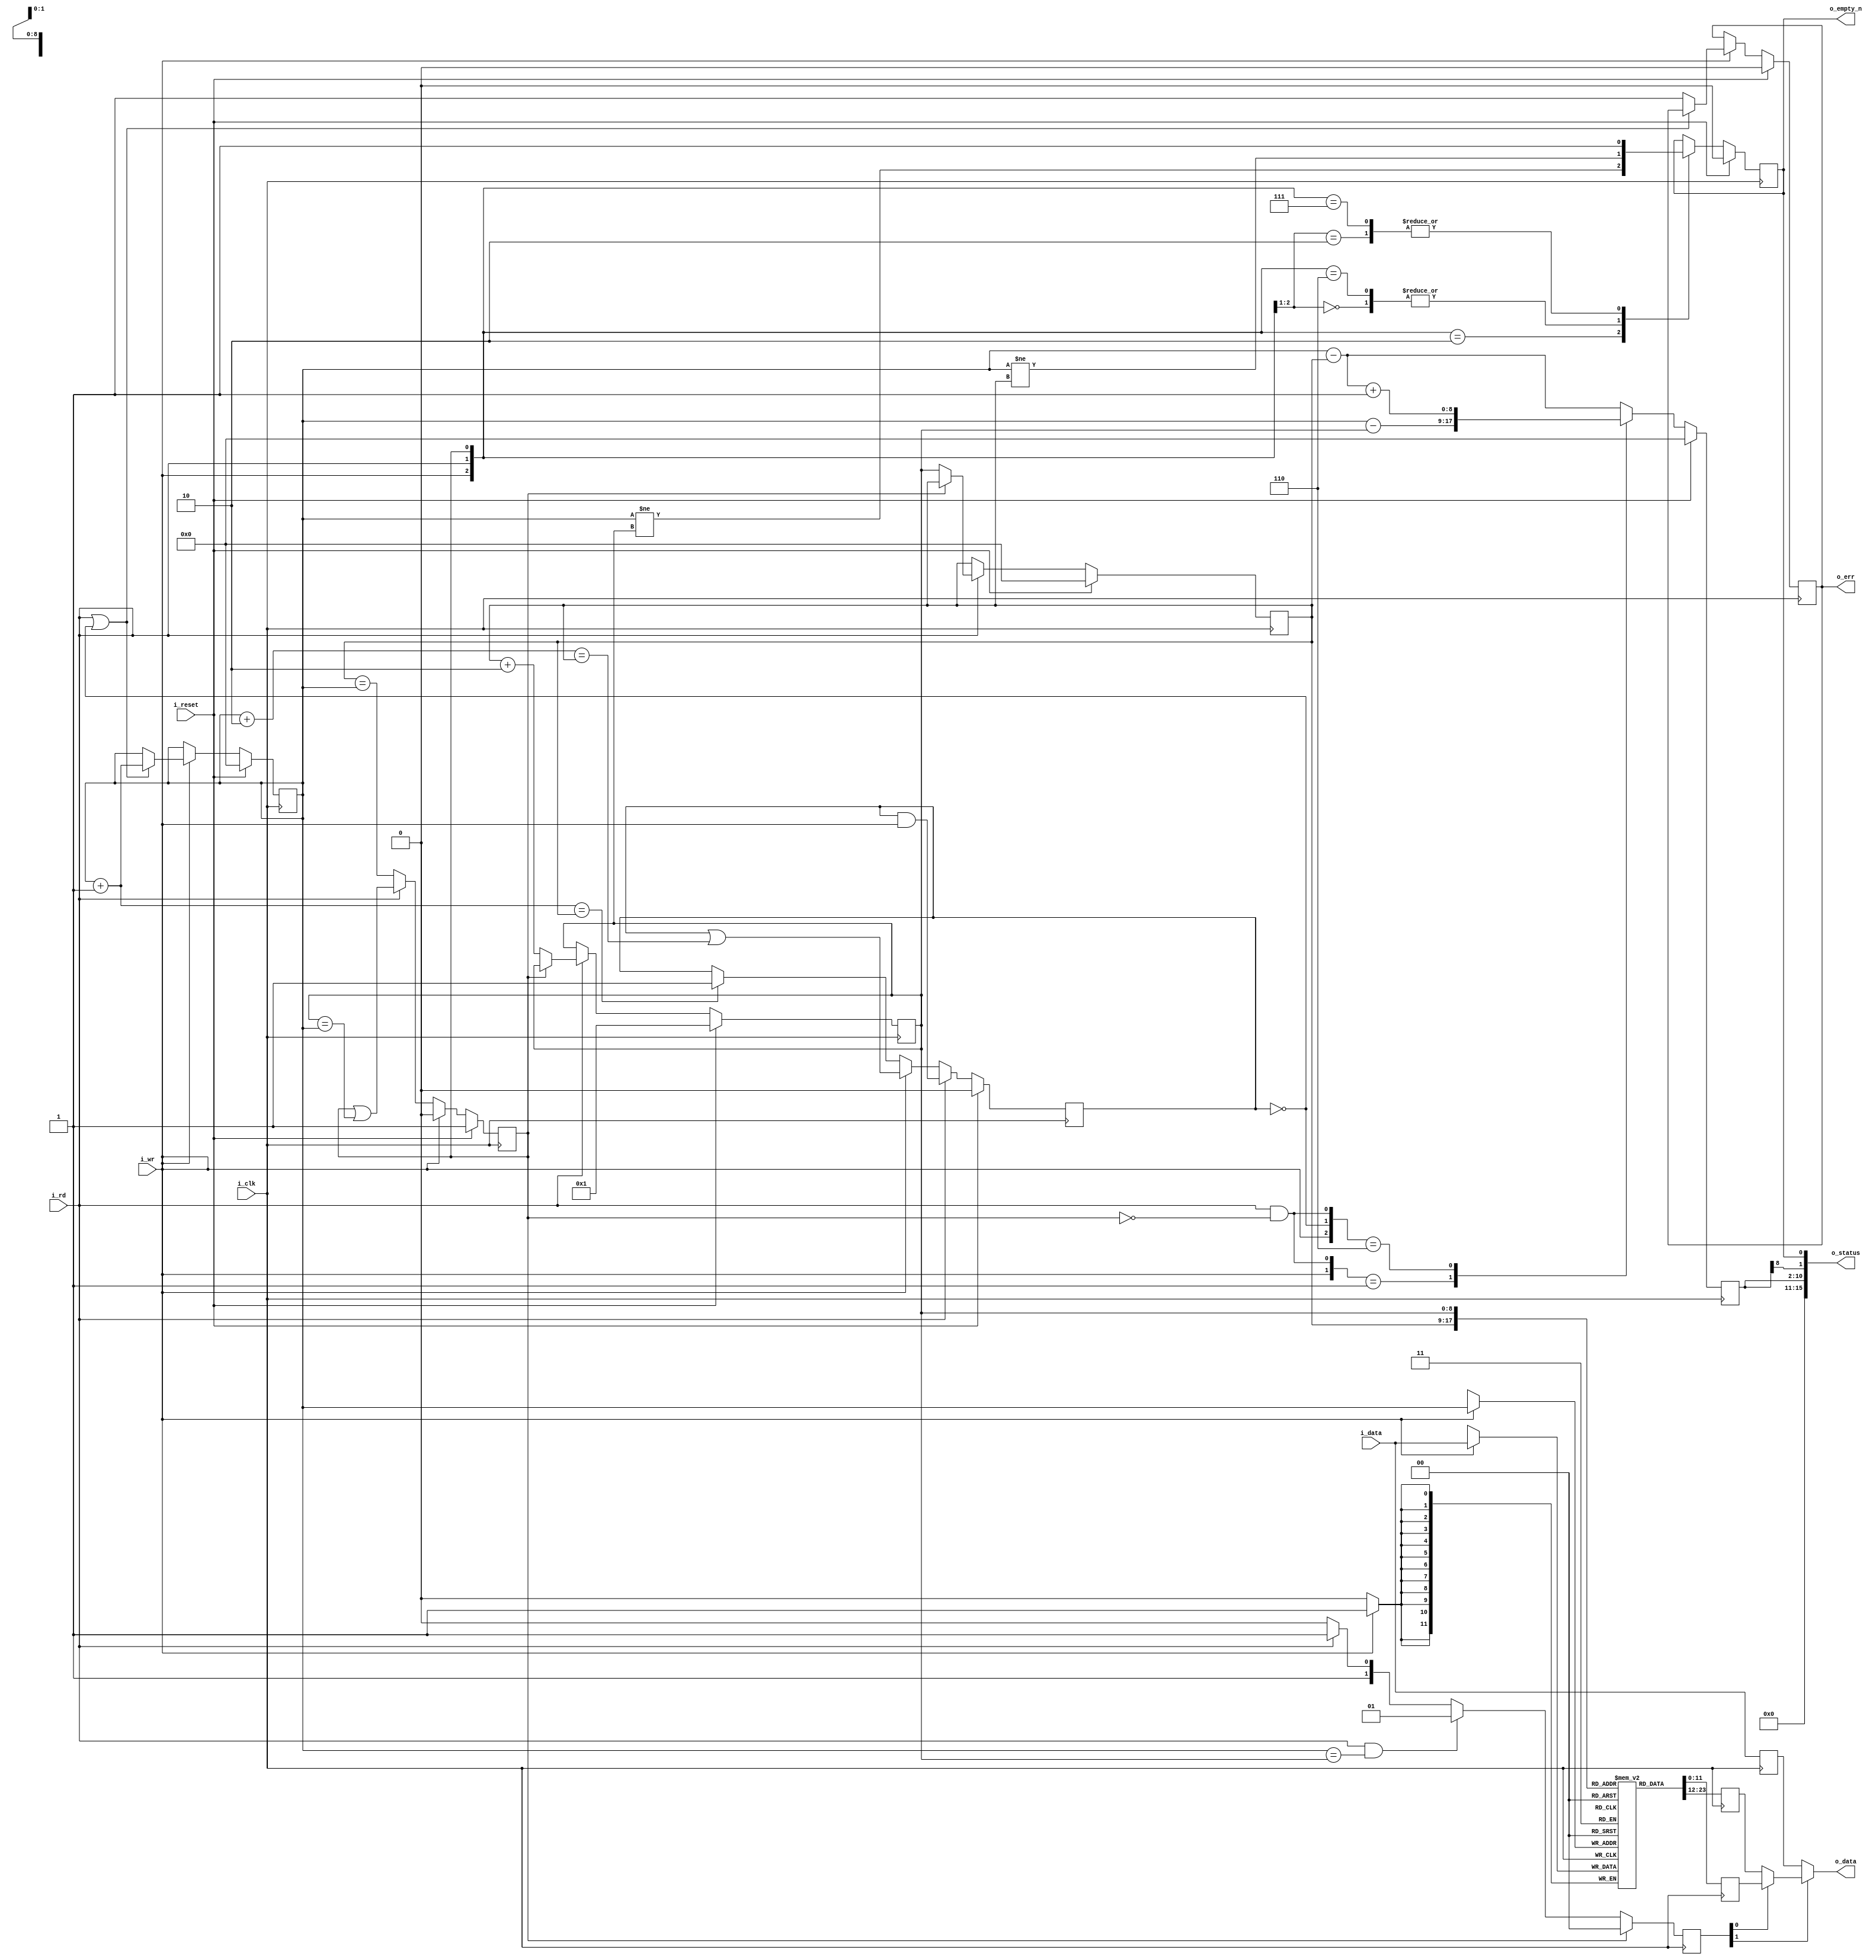
////////////////////////////////////////////////////////////////////////////////
//
//
// Project:	WBPMIC, wishbone control of a MEMs PMod MIC
//
// Purpose:	
//
// Creator:	Dan Gisselquist, Ph.D.
//		Gisselquist Technology, LLC
//
////////////////////////////////////////////////////////////////////////////////
//
// Copyright (C) 2015-2020, Gisselquist Technology, LLC
//
// This program is free software (firmware): you can redistribute it and/or
// modify it under the terms of  the GNU General Public License as published
// by the Free Software Foundation, either version 3 of the License, or (at
// your option) any later version.
//
// This program is distributed in the hope that it will be useful, but WITHOUT
// ANY WARRANTY; without even the implied warranty of MERCHANTIBILITY or
// FITNESS FOR A PARTICULAR PURPOSE.  See the GNU General Public License
// for more details.
//
// You should have received a copy of the GNU General Public License along
// with this program.  (It's in the $(ROOT)/doc directory.  Run make with no
// target there if the PDF file isn't present.)  If not, see
// <http://www.gnu.org/licenses/> for a copy.
//
// License:	GPL, v3, as defined and found on www.gnu.org,
//		http://www.gnu.org/licenses/gpl.html
//
//
////////////////////////////////////////////////////////////////////////////////
//
//
`default_nettype	none
//
module smplfifo(i_clk, i_reset, i_wr, i_data,
		o_empty_n, i_rd, o_data, o_status, o_err);
	parameter	BW=12;	// Byte/data width
	parameter [4:0]	LGFLEN=9;	// 512 samples
	input	wire		i_clk, i_reset;
	input	wire		i_wr;
	input	wire [(BW-1):0]	i_data;
	output	wire		o_empty_n;	// True if something is in FIFO
	input	wire		i_rd;
	output	wire [(BW-1):0]	o_data;
	output	wire	[15:0]	o_status;
	output	wire		o_err;

	localparam	FLEN=(1<<LGFLEN);

	reg	[(BW-1):0]	fifo[0:(FLEN-1)];
	reg	[(LGFLEN-1):0]	r_first, r_last, r_next;

	wire	[(LGFLEN-1):0]	w_first_plus_one, w_first_plus_two,
				w_last_plus_one;
	assign	w_first_plus_two = r_first + {{(LGFLEN-2){1'b0}},2'b10};
	assign	w_first_plus_one = r_first + {{(LGFLEN-1){1'b0}},1'b1};
	assign	w_last_plus_one  = r_next; // r_last  + 1'b1;

	reg	will_overflow;
	initial	will_overflow = 1'b0;
	always @(posedge i_clk)
		if (i_reset)
			will_overflow <= 1'b0;
		else if (i_rd)
			will_overflow <= (will_overflow)&&(i_wr);
		else if (i_wr)
			will_overflow <= (will_overflow)||(w_first_plus_two == r_last);
		else if (w_first_plus_one == r_last)
			will_overflow <= 1'b1;

	// Write
	reg	r_ovfl;
	initial	r_first = 0;
	initial	r_ovfl  = 0;
	always @(posedge i_clk)
		if (i_reset)
		begin
			r_ovfl <= 1'b0;
			r_first <= { (LGFLEN){1'b0} };
		end else if (i_wr)
		begin // Cowardly refuse to overflow
			if ((i_rd)||(!will_overflow)) // (r_first+1 != r_last)
				r_first <= w_first_plus_one;
			else
				r_ovfl <= 1'b1;
		end
	always @(posedge i_clk)
		if (i_wr) // Write our new value regardless--on overflow or not
			fifo[r_first] <= i_data;

	// Reads
	//	Following a read, the next sample will be available on the
	//	next clock
	//	Clock	ReadCMD	ReadAddr	Output
	//	0	0	0		fifo[0]
	//	1	1	0		fifo[0]
	//	2	0	1		fifo[1]
	//	3	0	1		fifo[1]
	//	4	1	1		fifo[1]
	//	5	1	2		fifo[2]
	//	6	0	3		fifo[3]
	//	7	0	3		fifo[3]
	reg	will_underflow;
	initial	will_underflow = 1'b1;
	always @(posedge i_clk)
		if (i_reset)
			will_underflow <= 1'b1;
		else if (i_wr)
			will_underflow <= 1'b0;
		else if (i_rd)
			will_underflow <= (will_underflow)||(w_last_plus_one == r_first);
		else
			will_underflow <= (r_last == r_first);

	//
	// Don't report FIFO underflow errors.  These'll be caught elsewhere
	// in the system, and the logic below makes it hard to reset them.
	// We'll still report FIFO overflow, however.
	//
	// reg		r_unfl;
	// initial	r_unfl = 1'b0;
	initial	r_last = 0;
	initial	r_next = { {(LGFLEN-1){1'b0}}, 1'b1 };
	always @(posedge i_clk)
		if (i_reset)
		begin
			r_last <= 0;
			r_next <= { {(LGFLEN-1){1'b0}}, 1'b1 };
			// r_unfl <= 1'b0;
		end else if (i_rd)
		begin
			if (!will_underflow) // (r_first != r_last)
			begin
				r_last <= r_next;
				r_next <= r_last +{{(LGFLEN-2){1'b0}},2'b10};
				// Last chases first
				// Need to be prepared for a possible two
				// reads in quick succession
				// o_data <= fifo[r_last+1];
			end
			// else r_unfl <= 1'b1;
		end

	reg	[(BW-1):0]	fifo_here, fifo_next, r_data;
	always @(posedge i_clk)
		fifo_here <= fifo[r_last];
	always @(posedge i_clk)
		fifo_next <= fifo[r_next];
	always @(posedge i_clk)
		r_data <= i_data;

	reg	[1:0]	osrc;
	always @(posedge i_clk)
		if (will_underflow)
			// o_data <= i_data;
			osrc <= 2'b00;
		else if ((i_rd)&&(r_first == w_last_plus_one))
			osrc <= 2'b01;
		else if (i_rd)
			osrc <= 2'b11;
		else
			osrc <= 2'b10;
	assign o_data = (osrc[1]) ? ((osrc[0])?fifo_next:fifo_here) : r_data;

	// wire	[(LGFLEN-1):0]	current_fill;
	// assign	current_fill = (r_first-r_last);

	reg	r_empty_n;
	initial	r_empty_n = 1'b0;
	always @(posedge i_clk)
		if (i_reset)
			r_empty_n <= 1'b0;
		else casez({i_wr, i_rd, will_underflow})
			3'b00?: r_empty_n <= (r_first != r_last);
			3'b010: r_empty_n <= (r_first != w_last_plus_one);
			3'b10?: r_empty_n <= 1'b1;
			3'b110: r_empty_n <= (r_first != r_last);
			3'b111: r_empty_n <= 1'b1;
			default: begin end
		endcase

	//
	// If this is a receive FIFO, the FIFO count that matters is the number
	// of values yet to be read.  If instead this is a transmit FIFO, then 
	// the FIFO count that matters is the number of empty positions that
	// can still be filled before the FIFO is full.
	//
	// Adjust for these differences here.
	reg	[(LGFLEN-1):0]	r_fill;
	initial	r_fill = 0;
	always @(posedge i_clk)
		begin
			// Calculate the number of elements in our FIFO
			//
			// Although used for receive, this is actually the more
			// generic answer--should you wish to use the FIFO in
			// another context.
			if (i_reset)
				r_fill <= 0;
			else casez({(i_wr), (!will_overflow), (i_rd)&&(!will_underflow)})
			3'b0?1:   r_fill <= r_first - r_next;
			3'b110:   r_fill <= r_first - r_last + 1'b1;
			3'b1?1:   r_fill <= r_first - r_last;
			default: r_fill  <= r_first - r_last;
			endcase
		end

	// We don't report underflow errors.  These
	assign o_err = (r_ovfl); //  || (r_unfl);

	wire	w_half_full;
	wire	[13:0]	w_fill;
	generate
		if (LGFLEN > 14)
			assign w_fill[13:0] = r_fill[(LGFLEN-1):(LGFLEN-14)];
		else if (LGFLEN == 14)
			assign w_fill = r_fill;
		else // if (LGFLEN < 14)
		begin
			assign	w_fill[(LGFLEN-1):0] = r_fill;
			assign	w_fill[13:LGFLEN[3:0]] = 0;
		end
	endgenerate

	assign	w_half_full = r_fill[(LGFLEN-1)];

	assign	o_status = {
		// The FIFO fill--for a receive FIFO the number of elements
		// left to be read, and for a transmit FIFO the number of
		// empty elements within the FIFO that can yet be filled.
		w_fill,
		// A '1' here means a half FIFO length can be read
		w_half_full,
		// A '1' here means the FIFO can be read from (if it is a
		// receive FIFO), or be written to (if it isn't).
		r_empty_n
	};

	assign	o_empty_n = r_empty_n;

`ifdef	FORMAL

`ifdef	SMPLFIFO
`define	ASSUME	assume
`else
`define	ASSUME	assert
`endif

//
// Assumptions about our input(s)
//
//
	reg	f_past_valid, f_last_clk;

	//
	// Underflows are a very real possibility, should the user wish to read from this
	// FIFO while it is empty.  Our parent module will need to deal with this.
	//
	// always @(posedge i_clk)
	//	`ASSUME((!will_underflow)||(!i_rd)||(i_reset));
//
// Assertions about our outputs
//
//

	initial	f_past_valid = 1'b0;
	always @(posedge i_clk)
		f_past_valid <= 1'b1;

	always @(*)
	if (!f_past_valid)
		`ASSUME(i_reset);

	wire	[(LGFLEN-1):0]	f_fill, f_next;
	assign	f_fill = r_first - r_last;
	assign	f_next = r_last + 1'b1;
	always @(posedge i_clk)
	begin
		assert(f_fill == r_fill);
		if (f_fill == 0)
		begin
			assert(will_underflow);
			assert(!o_empty_n);
		end else begin
			assert(!will_underflow);
			assert(o_empty_n);
		end

		if (f_fill == {(LGFLEN){1'b1}})
			assert(will_overflow);
		else
			assert(!will_overflow);

		assert(r_next == f_next);
	end

	always @(posedge i_clk)
	if (f_past_valid)
	begin
		if ($past(i_reset))
			assert(!o_err);
		else begin
			// Underflow detection
			if (($past(i_rd))&&($past(r_fill == 0)))
			begin
				// This core doesn't report underflow errors,
				// but quietly ignores them
				//
				// assert(o_err);
				//
				// On an underflow, we need to be careful not
				// to advance the pointer.
				assert(r_last == $past(r_last));
			end
			//
			// Overflow detection
			if (($past(i_wr))&&(!$past(i_rd))
					&&($past(will_overflow)))
			begin
				// Make sure we report this result
				assert(o_err);

				// Make sure we didn't advance our write
				// pointer on overflow
				assert(r_first == $past(r_first));
			end
		end
	end

`endif
endmodule